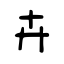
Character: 卉